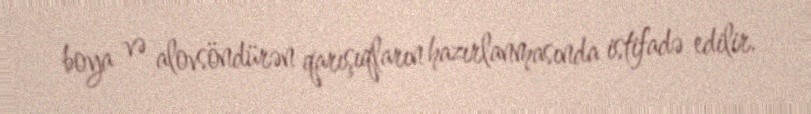
boya və alovsöndürən qarışıqların hazırlanmasında istifadə edilir.